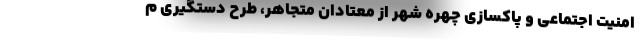
امنیت اجتماعی و پاکسازی چهره شهر از معتادان متجاهر، طرح دستگیری م